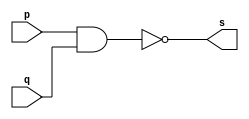
// ------------------------- 
// Exercicio0003 - NOR
// Nome: Marcio Santana Correa 
// ------------------------- 
// ------------------------- 
// -- xnor gate 
// ------------------------- 
module xnorgate ( output s, input p, q ); 
assign s = ~( p & q ); 
endmodule // xnorgate 
// --------------------- 
// -- test xnor gate 
// --------------------- 
module testxnorgate; 
// ------------------------- dados locais 
reg a;
reg b; // definir registradores 
wire s; // definir conexao (fio) 
// ------------------------- instancia 
xnorgate XNOR1 (s, a, b); 
// ------------------------- preparacao 
initial begin:start 
// atribuicao simultanea 
// dos valores iniciais 
a=0; b=0; 
end 
// ------------------------- parte principal 
initial begin 
$display("Exercicio0003 - Marcio Santana Correa 345368"); 
$display("Test XNOR gate de Morgan"); 
$display("\n~a ^ ~b = s\n"); 
a=0; b=0; 
$monitor("%b ^ %b = %b", a, b, s); 
#1 a=0; b=1;  
#1 a=1; b=0; 
#1 a=1; b=1; 
end 
endmodule // testxnorgate